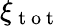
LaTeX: \xi_{\mathrm{~t~o~t~}}